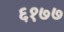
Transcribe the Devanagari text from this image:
६१७७